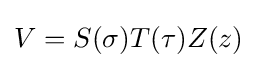
V=S(\sigma )T(\tau )Z(z)